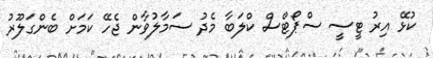
ކުޅޭ އިރު ޓީސީ ސްޕޯޓްސް ކްލަބާ މެދު ސަމާލުވާން ޖެހޭ ކަމަށް ބެންގަލޫރު